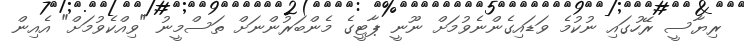
ރިޔާސީ ރޭހުގައި ނުކުމެ ވަޑައިގެންނެވުމަށް ނޫނީ ޕާޓީގެ މެންބަރުންނަށް ތަސްމީނު "ވިއްކެވުމަށް" އެއިން